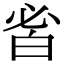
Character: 𤽣